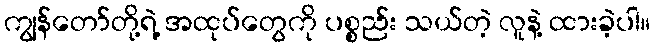
ကျွန်တော်တို့ရဲ့ အထုပ်တွေကို ပစ္စည်း သယ်တဲ့ လူနဲ့ ထားခဲ့ပါ။